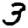
Digit: 3